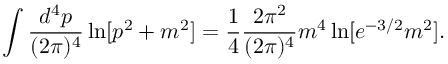
\int { \frac { d ^ { 4 } p } { ( 2 \pi ) ^ { 4 } } } \ln [ p ^ { 2 } + m ^ { 2 } ] = { \frac { 1 } { 4 } } { \frac { 2 \pi ^ { 2 } } { ( 2 \pi ) ^ { 4 } } } m ^ { 4 } \ln [ e ^ { - 3 / 2 } m ^ { 2 } ] .